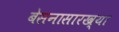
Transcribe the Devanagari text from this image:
बेसनासारख्या